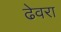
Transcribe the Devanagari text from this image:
ढेवरा